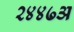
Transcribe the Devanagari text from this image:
२४४७अ